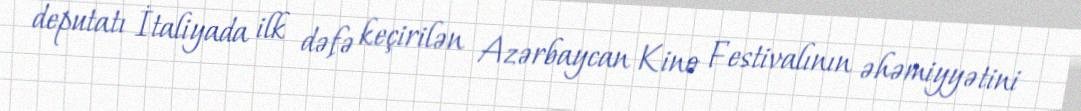
deputatı İtaliyada ilk dəfə keçirilən Azərbaycan Kino Festivalının əhəmiyyətini